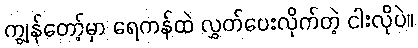
ကျွန်တော့်မှာ ရေကန်ထဲ လွှတ်ပေးလိုက်တဲ့ ငါးလိုပဲ။